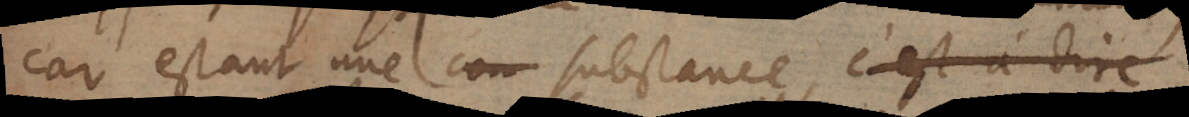
car estant une substance, c’est à dire